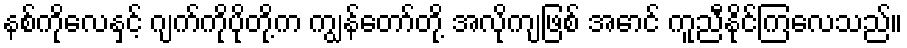
နစ်ကိုလေနှင့် ဂျက်ကိုပိုတို့က ကျွန်တော်တို့ အလိုကျဖြစ် အောင် ကူညီနိုင်ကြလေသည်။